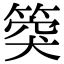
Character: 𥯝